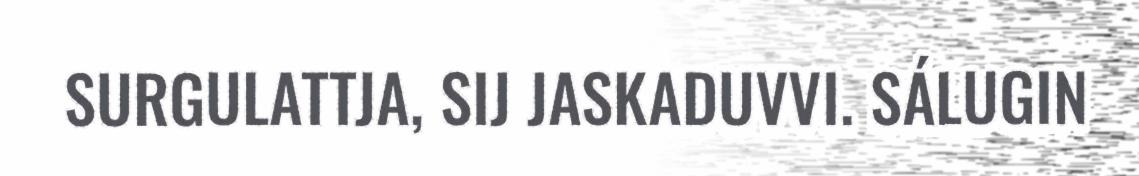
SURGULATTJA, SIJ JASKADUVVI. SÁLUGIN